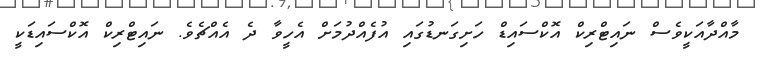
މާއްދާއަކީވެސް ނައިޓްރިކް އޮކްސައިޑް ހަށިގަނޑުގައި އުފެއްދުމަށް އެހީވާ ދެ އެއްޗެވެ. ނައިޓްރިކް އޮކްސައިޑަކީ